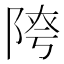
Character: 𨺈